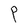
Character: P